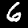
Digit: 6